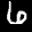
Label: 6